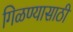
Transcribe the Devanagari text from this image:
गिळण्यासाठी